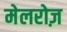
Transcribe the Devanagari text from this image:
मेलरोज़